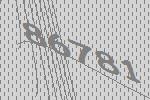
86781